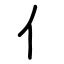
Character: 亻